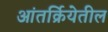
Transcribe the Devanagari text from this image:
आंतर्क्रियेतील